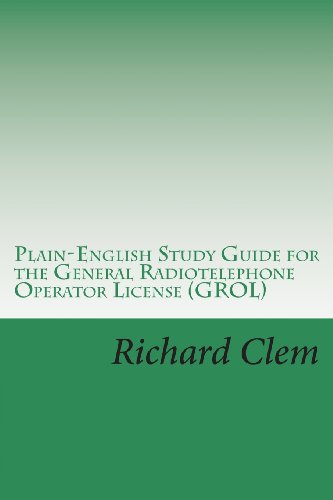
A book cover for Plain-English Study Guide for the General Radiotelephone Operator License (GROL); Richard P. Clem; Crafts, Hobbies & Home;